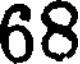
68